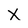
Character: X